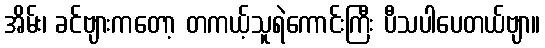
အိမ်း၊ ခင်ဗျားကတော့ တကယ့်သူရဲကောင်းကြီး ပီသပါပေတယ်ဗျာ။